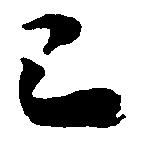
已